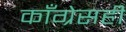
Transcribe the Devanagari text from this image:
काँग्रेसही